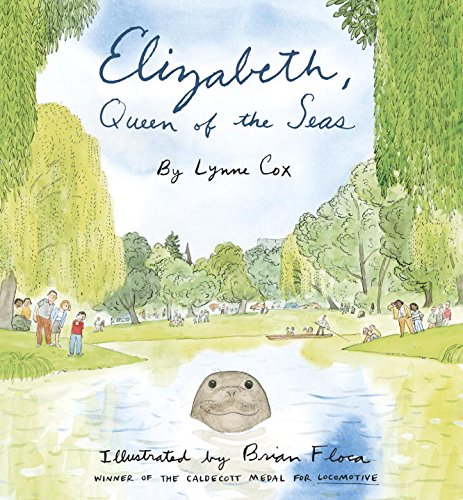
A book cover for Elizabeth, Queen of the Seas; Lynne Cox; Children's Books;